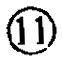
\enclose{circle}{11}